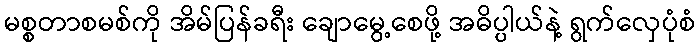
မစ္စတာစမစ်ကို အိမ်ပြန်ခရီး ချောမွေ့စေဖို့ အဓိပ္ပါယ်နဲ့ ရွက်လှေပုံစံ